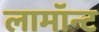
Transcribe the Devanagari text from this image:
लामॉन्ट